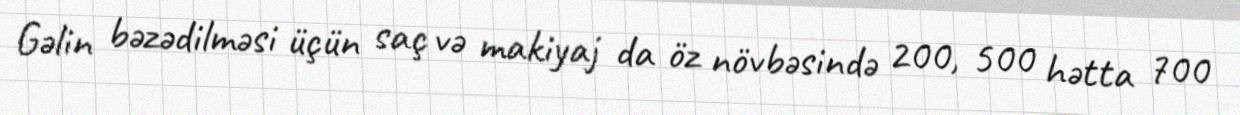
Gəlin bəzədilməsi üçün saç və makiyaj da öz növbəsində 200, 500 hətta 700